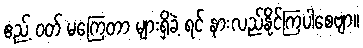
ဧည့် ဝတ် မကြေတာ များရှိခဲ့ ရင် နားလည်နိုင်ကြပါစေဗျာ။